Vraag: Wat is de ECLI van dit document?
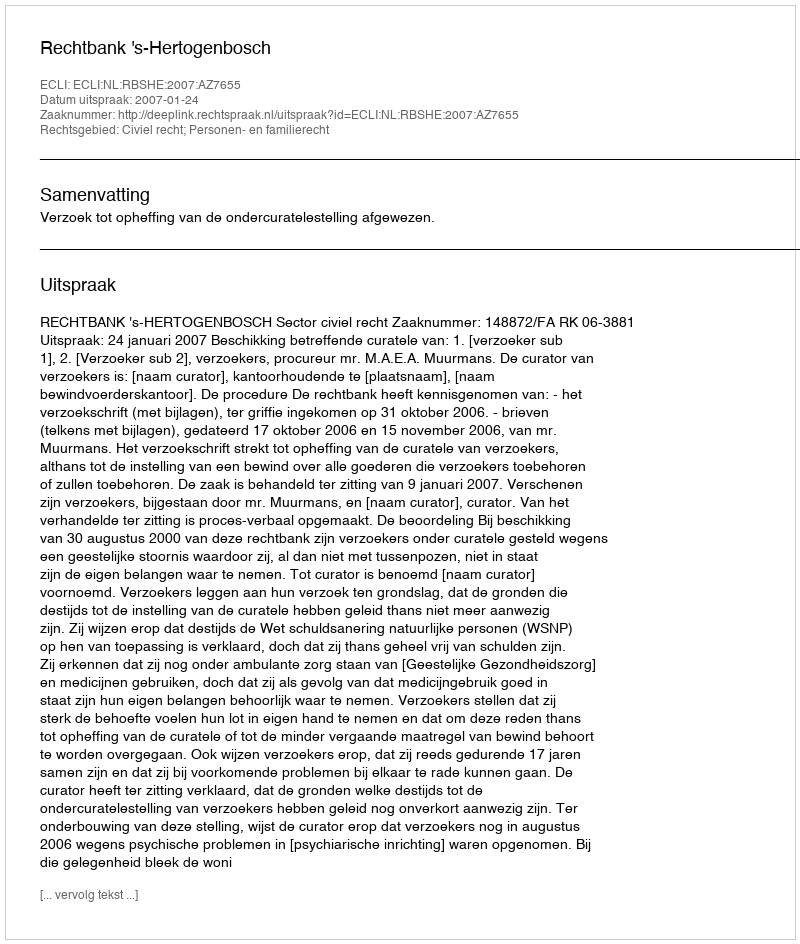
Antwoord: ECLI:NL:RBSHE:2007:AZ7655